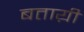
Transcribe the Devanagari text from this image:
बताय़ी